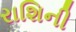
રાશિની